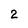
Character: 2